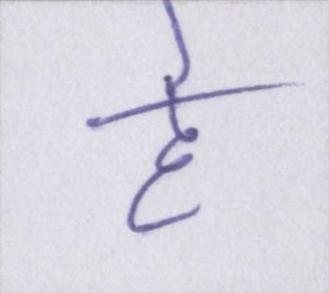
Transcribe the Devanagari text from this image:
हे